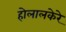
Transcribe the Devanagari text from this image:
होलालकेरे